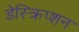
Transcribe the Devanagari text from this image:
डेस्क्रिप्शन